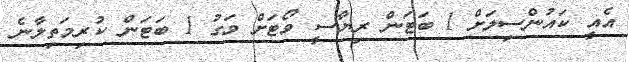
އެއީ ކައުންސިލަށް 1 ބަޓަން ރިޔާސީ ވޯޓަށް ވަގު 1 ބަޓަން ކުރިމަތިލާނެ